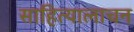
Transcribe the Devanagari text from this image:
साहित्यालाचन